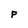
Character: F